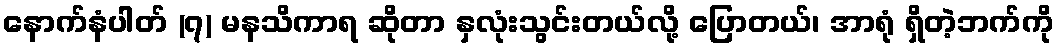
နောက်နံပါတ် (၇) မနသိကာရ ဆိုတာ နှလုံးသွင်းတယ်လို့ ပြောတယ်၊ အာရုံ ရှိတဲ့ဘက်ကို